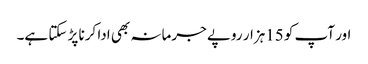
اور آپ کو 15ہزار روپے جرمانہ بھی ادا کرنا پڑ سکتا ہے۔